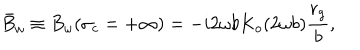
\bar { B } _ { \omega } \equiv B _ { \omega } ( \sigma _ { c } = + \infty ) = - i 2 \omega b K _ { o } ( 2 \omega b ) \frac { r _ { g } } { b } ,